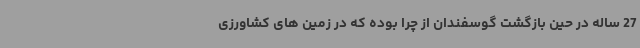
27 ساله در حین بازگشت گوسفندان از چرا بوده که در زمین های کشاورزی